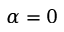
\alpha = 0